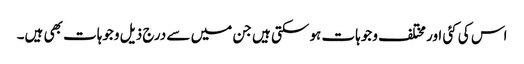
اس کی کئی اور مختلف وجوہات ہو سکتی ہیں جن میں سے درج ذیل وجوہات بھی ہیں۔